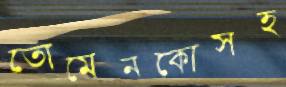
তোমেনকোসহ